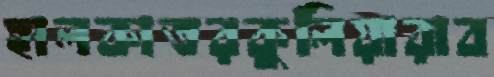
হালকাতরকুলিয়ারাব